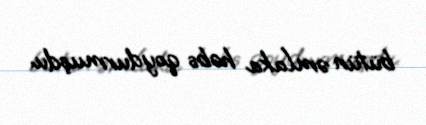
bütün əmlaka həbs qoydurmuşdu.